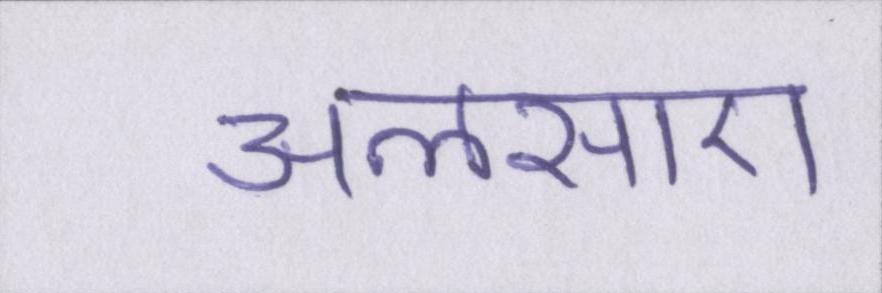
अलसाए